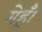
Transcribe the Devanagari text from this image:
गेहूँ।